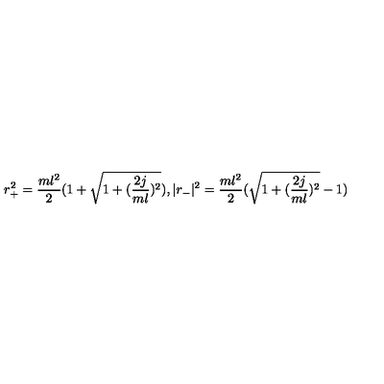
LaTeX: r _ { + } ^ { 2 } = { \frac { m l ^ { 2 } } { 2 } } ( 1 + \sqrt { 1 + ( { \frac { 2 j } { m l } } ) ^ { 2 } } ) , | r _ { - } | ^ { 2 } = { \frac { m l ^ { 2 } } { 2 } } ( \sqrt { 1 + ( { \frac { 2 j } { m l } } ) ^ { 2 } } - 1 ) ~